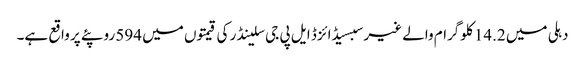
دہلی میں 14.2 کلوگرام والے غیر سبسیڈائزڈ ایل پی جی سلینڈر کی قیمتوں میں 594 روپئے پر واقع ہے۔